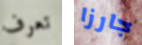
تعرف جارزا